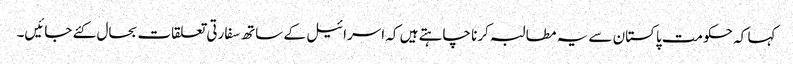
کہا کہ حکومت پاکستان سے یہ مطالبہ کرنا چاہتے ہیں کہ اسرائیل کے ساتھ سفارتی تعلقات بحال کئے جائیں۔